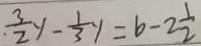
\frac { 3 } { 2 } y - \frac { 1 } { 3 } y = b - 2 \frac { 1 } { 2 }